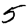
Digit: 5